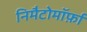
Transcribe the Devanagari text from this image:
निमैटोमॉर्फ़ा